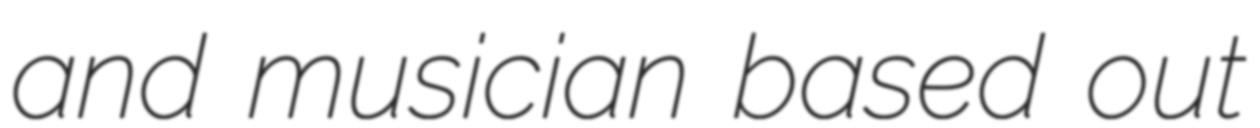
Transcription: and musician based out